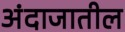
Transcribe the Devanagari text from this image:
अंदाजातील